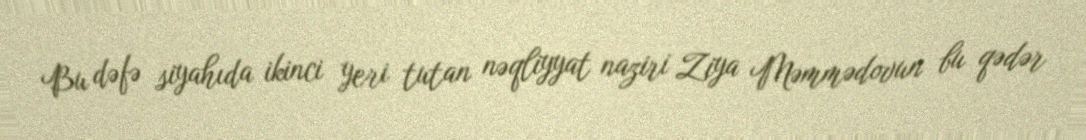
Bu dəfə siyahıda ikinci yeri tutan nəqliyyat naziri Ziya Məmmədovun bu qədər